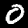
Digit: 0